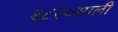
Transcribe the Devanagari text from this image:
१८२०साली